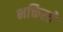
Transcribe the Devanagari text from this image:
भक्तिस्ते